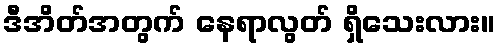
ဒီအိတ်အတွက် နေရာလွတ် ရှိသေးလား။